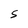
Character: l